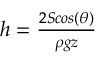
\begin{array} { r } { h = { \frac { 2 S c o s ( \theta ) } { \rho g z } } } \end{array}